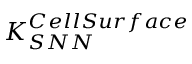
K _ { S N N } ^ { C e l l S u r f a c e }